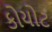
કોયોટ